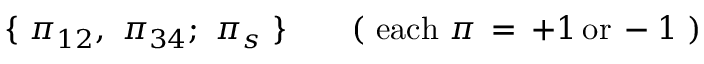
\{ \ \pi _ { 1 2 } , \ \pi _ { 3 4 } ; \ \pi _ { s } \ \} \qquad ( \ \mathrm { e a c h } \ \pi \, = \, + 1 \, \mathrm { o r } \, - 1 \ )